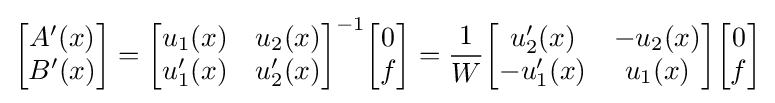
{\begin{bmatrix}A'(x)\\B'(x)\end{bmatrix}}={\begin{bmatrix}u_{1}(x)&u_{2}(x)\\u_{1}'(x)&u_{2}'(x)\end{bmatrix}}^{-1}{\begin{bmatrix}0\\f\end{bmatrix}}={\frac {1}{W}}{\begin{bmatrix}u_{2}'(x)&-u_{2}(x)\\-u_{1}'(x)&u_{1}(x)\end{bmatrix}}{\begin{bmatrix}0\\f\end{bmatrix}}